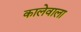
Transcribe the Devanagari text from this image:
कालेवाला